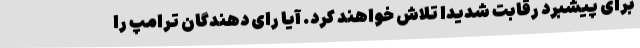
برای پیشبرد رقابت شدیدا تلاش خواهند کرد. آیا رای دهندگان ترامپ را